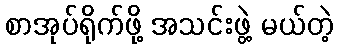
စာအုပ်ရိုက်ဖို့ အသင်းဖွဲ့ မယ်တဲ့